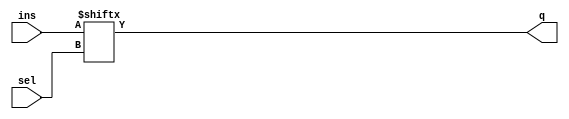
// 32-bit multiplexer, with 1-bit inputs and outputs
module mux32to1by1 
(
    output q,
    input[4:0] sel,
    input[31:0] ins
);
    
// Assign value to Q based on inputs and address
    assign q = ins[sel];

endmodule

// 32-bit multiplexer, with 32-bit inputs and outputs
module mux32to1by32
(
    output[31:0] q,
    input[4:0] sel,
    input [31:0] in0, in1, in2, in3, in4, in5, in6, in7,
        in8, in9, in10, in11, in12, in13, in14, in15,
        in16, in17, in18, in19, in20, in21, in22, in23,
        in24, in25, in26, in27, in28, in29, in30, in31
);

    wire[31:0] mux[31:0];

    // Assign each input to a word of mux
    assign mux[0] = in0;
    assign mux[1] = in1;
    assign mux[2] = in2;
    assign mux[3] = in3;
    assign mux[4] = in4;
    assign mux[5] = in5;
    assign mux[6] = in6;
    assign mux[7] = in7;
    assign mux[8] = in8;
    assign mux[9] = in9;
    assign mux[10] = in10;
    assign mux[11] = in11;
    assign mux[12] = in12;
    assign mux[13] = in13;
    assign mux[14] = in14;
    assign mux[15] = in15;
    assign mux[16] = in16;
    assign mux[17] = in17;
    assign mux[18] = in18;
    assign mux[19] = in19;
    assign mux[20] = in20;
    assign mux[21] = in21;
    assign mux[22] = in22;
    assign mux[23] = in23;
    assign mux[24] = in24;
    assign mux[25] = in25;
    assign mux[26] = in26;
    assign mux[27] = in27;
    assign mux[28] = in28;
    assign mux[29] = in29;
    assign mux[30] = in30;
    assign mux[31] = in31;

    // Assign output to the correct input
    assign q = mux[sel];

endmodule